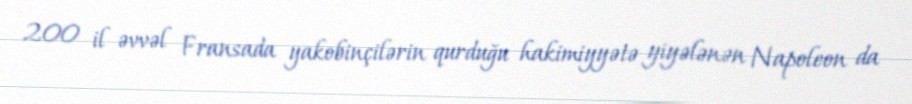
200 il əvvəl Fransada yakobinçilərin qurduğu hakimiyyətə yiyələnən Napoleon da